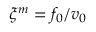
\xi ^ { m } = f _ { 0 } / v _ { 0 }